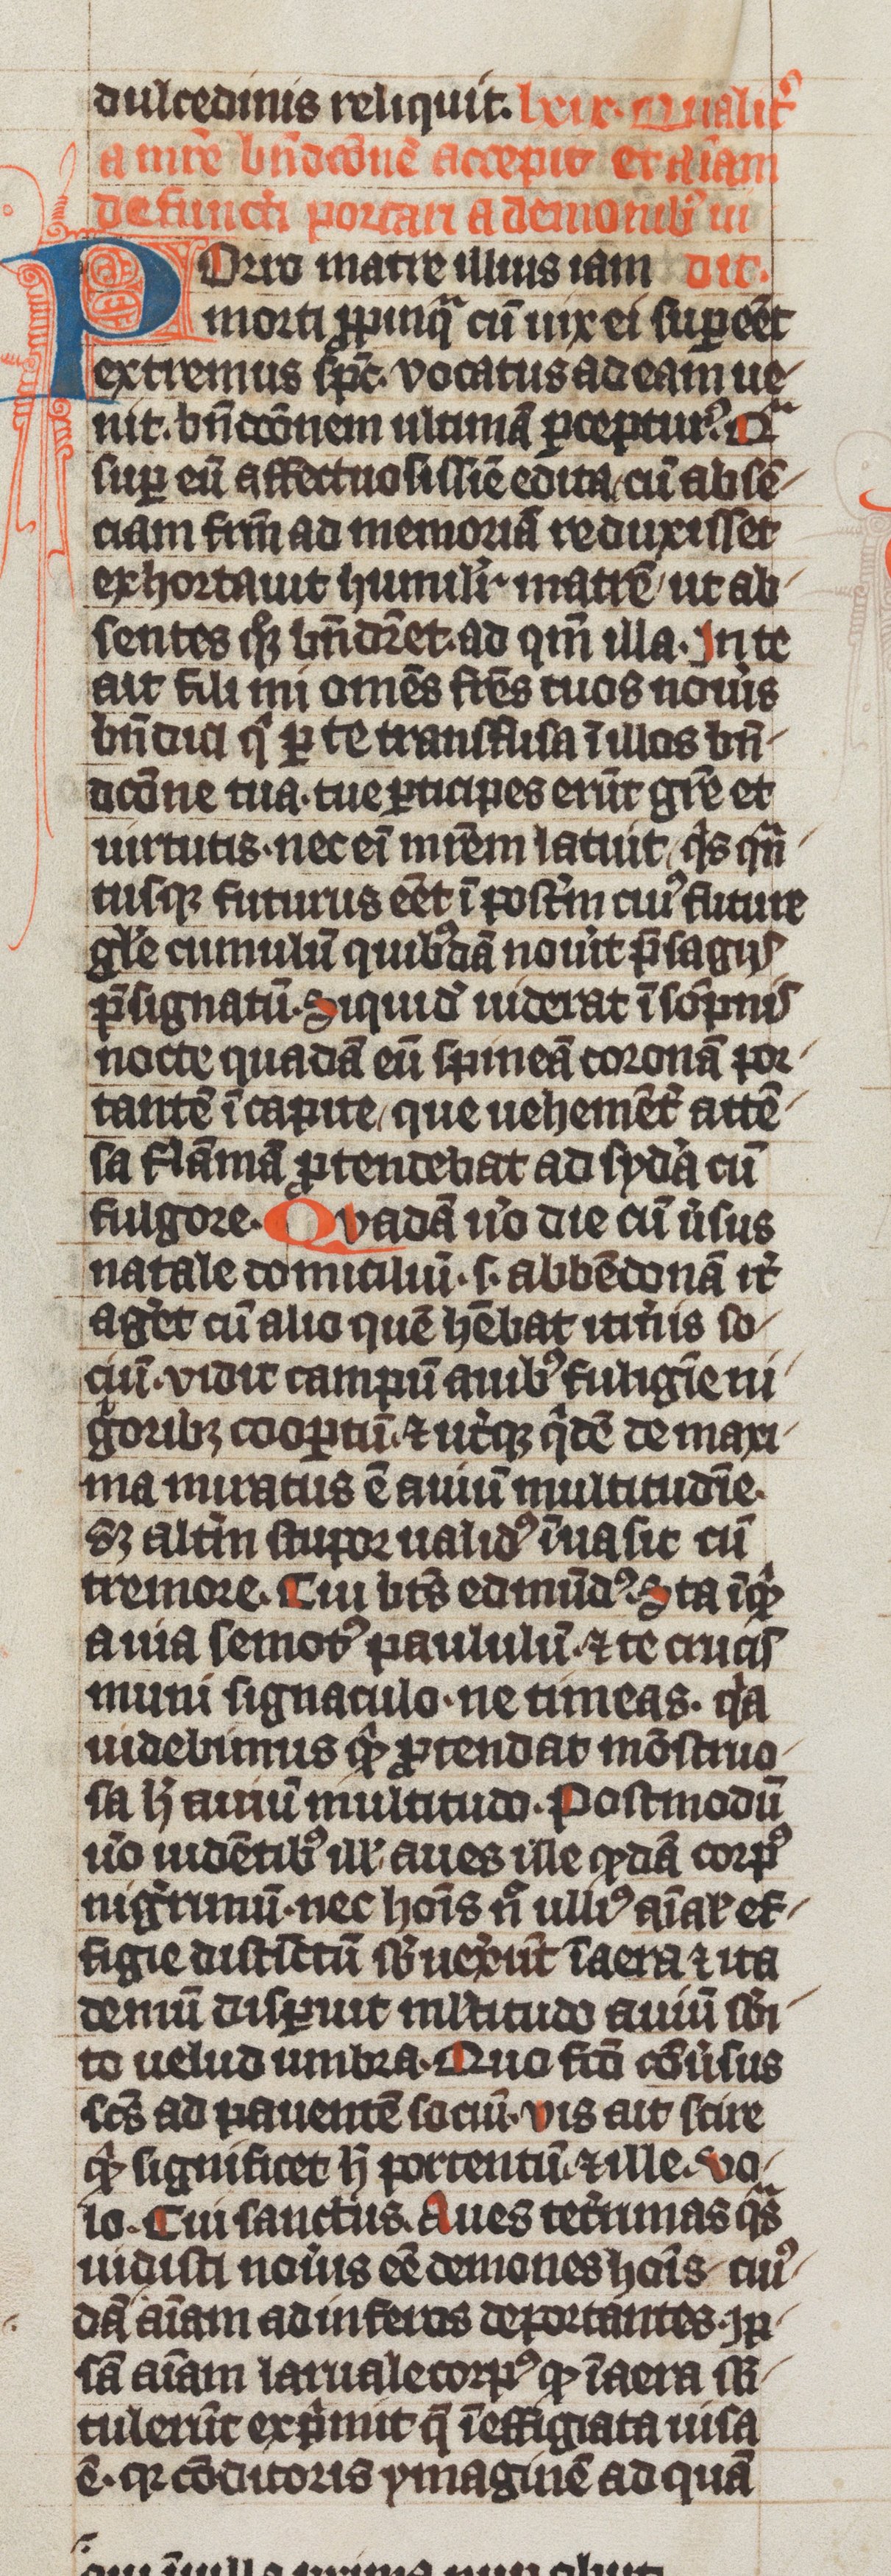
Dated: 1339–1340